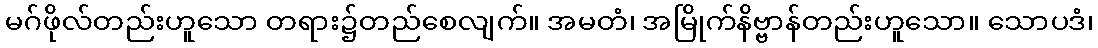
မဂ်ဖိုလ်တည်းဟူသော တရား၌တည်စေလျက်။ အမတံ၊ အမြိုက်နိဗ္ဗာန်တည်းဟူသော။ သောပဒံ၊